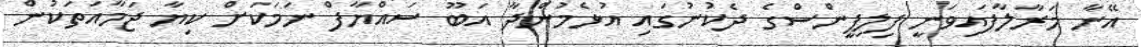
އޭނާ މަރާލާފައިވަނީ ފިލިޕީންސްގެ ދެކުނުގައި އުޅެމުންދާ އަބޫ ސައްޔާފް ނަމަކަށް ކިޔާ ޖަމާއަތަކުން